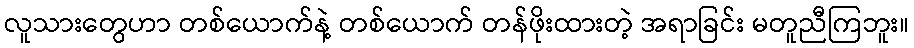
လူသားတွေဟာ တစ်ယောက်နဲ့ တစ်ယောက် တန်ဖိုးထားတဲ့ အရာခြင်း မတူညီကြဘူး။